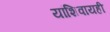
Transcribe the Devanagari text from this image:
यांशिवायही